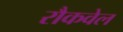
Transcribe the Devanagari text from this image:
रौकवेल